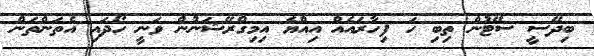
ބިދޭސީ ސޭޓުން ތިބި ހަ ފިހާރައެއް އިއްޔެ އިމިގްރޭޝަނުން ވަނީ ހޯދައި އެތަންތަން